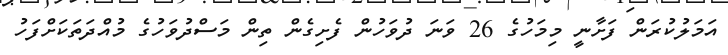
އަމަލުކުރަން ފަށާނީ މިމަހުގެ 26 ވަނަ ދުވަހުން ފެށިގެން ތިން މަސްދުވަހުގެ މުއްދަތަކަށްފަހު